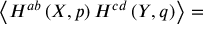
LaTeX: \left\langle H ^ { a b } \left( X , p \right) H ^ { c d } \left( Y , q \right) \right\rangle =